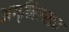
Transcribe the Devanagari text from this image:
अग्निरसच